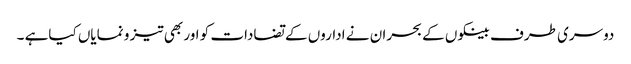
دوسری طرف بینکوں کے بحران نے اداروں کے تضادات کو اور بھی تیز و نمایاں کیاہے ۔